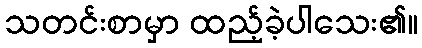
သတင်းစာမှာ ထည့်ခဲ့ပါသေး၏။